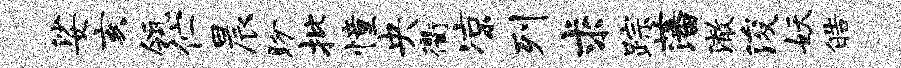
娑亥瓴伫晨盼批憧央衢凉列求踪藩澈浚妖皓